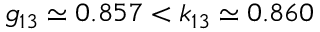
g _ { 1 3 } \simeq 0 . 8 5 7 < k _ { 1 3 } \simeq 0 . 8 6 0